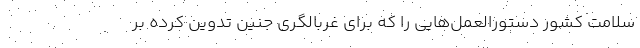
سلامت کشور دستورالعمل‌هایی را که برای غربالگری جنین تدوین کرده بر